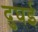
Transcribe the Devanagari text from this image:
दुघई